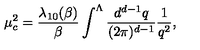
\mu _ { c } ^ { 2 } = \frac { \lambda _ { 1 0 } ( \beta ) } { \beta } \int ^ { \Lambda } \frac { d ^ { d - 1 } q } { ( 2 \pi ) ^ { d - 1 } } \frac { 1 } { q ^ { 2 } } ,